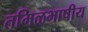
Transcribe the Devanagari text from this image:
तमिळभाषीय